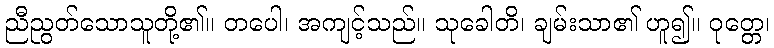
ညီညွတ်သောသူတို့၏။ တပေါ၊ အကျင့်သည်။ သုခေါတိ၊ ချမ်းသာ၏ ဟူ၍။ ဝုတ္တေ၊